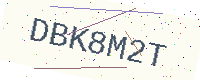
Text: DBK8M2T